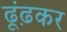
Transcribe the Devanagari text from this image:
ढूंढ़कर